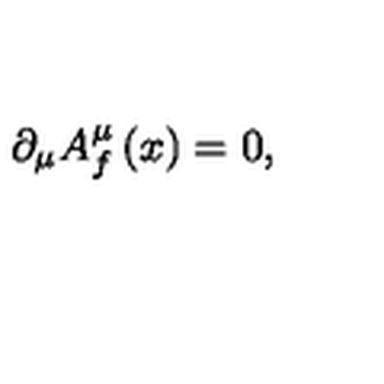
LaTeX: \partial _ { \mu } A _ { f } ^ { \mu } \left( x \right) = 0 ,